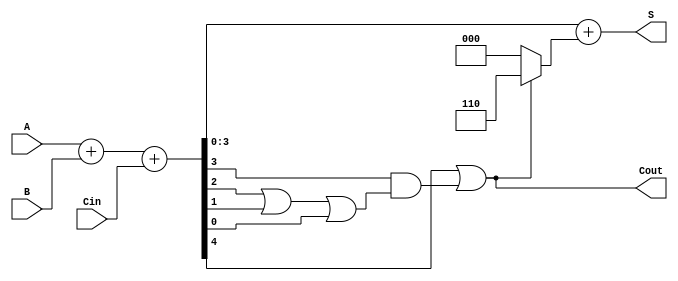
module BCD_Adder (
    input  [3:0] A,       // First BCD digit
    input  [3:0] B,       // Second BCD digit
    input        Cin,      // Carry-in
    output [3:0] S,       // BCD sum
    output       Cout      // Carry-out
);

    wire [4:0] Sum;       // 5-bit sum to accommodate carry
    wire Correction;       // Correction signal

    // Step 1: Binary addition of A, B, and Cin
    assign Sum = A + B + Cin;

    // Step 2: Determine if correction is needed
    assign Correction = (Sum[4] || (Sum[3] && (Sum[2] || Sum[1] || Sum[0])));

    // Step 3: Final BCD sum with correction
    assign S = Sum[3:0] + (Correction ? 4'b0110 : 4'b0000); // Add 6 if correction needed
    assign Cout = Correction; // Carry-out is asserted if correction is needed

endmodule